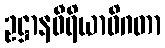
ဥဋ္ဌာနဝီရိယာဓိဂတာ